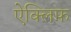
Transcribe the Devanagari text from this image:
ऐक्लिफ़